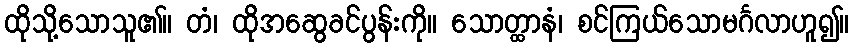
ထိုသို့သောသူ၏။ တံ၊ ထိုအဆွေခင်ပွန်းကို။ သောတ္ထာနံ၊ စင်ကြယ်သောမင်္ဂလာဟူ၍။